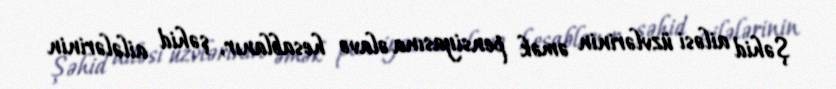
Şəhid ailəsi üzvlərinin əmək pensiyasına əlavə hesablanır, şəhid ailələrinin